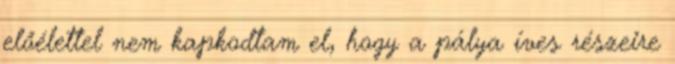
előélettel nem kapkodtam el, hogy a pálya íves részeire